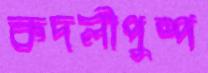
কদলীপুষ্প